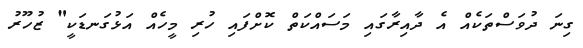
ގިނަ ދުވަސްތަކެއް އެ ދާއިރާގައި މަސައްކަތް ކޮށްފައި ހުރި މީހެއް އަޅުގަނޑަކީ" ޒުހޫރު